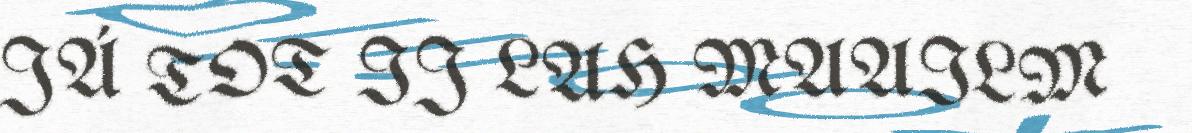
JÁ TOT IJ LAH MAAILM